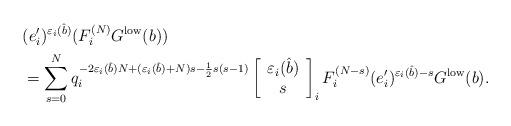
LaTeX: \begin{align*}&(e'_i)^{\varepsilon_i(\hat{b})}(F_i^{(N)}G^{\mathrm{low}}(b))\\&=\sum_{s=0}^Nq_i^{-2\varepsilon_i(\hat{b})N+(\varepsilon_i(\hat{b})+N)s-\frac{1}{2}s(s-1)}\left[ \begin{array}{c} \varepsilon_i(\hat{b})\\s \end{array} \right]_iF_i^{(N-s)}(e'_i)^{\varepsilon_i(\hat{b})-s}G^{\mathrm{low}}(b).\end{align*}